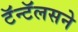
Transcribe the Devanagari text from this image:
टॅन्टॅलसने